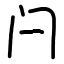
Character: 闩